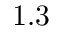
1 . 3